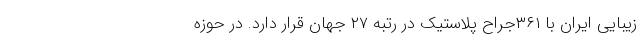
زیبایی ایران با ۳۶۱جراح پلاستیک در رتبه ۲۷ جهان قرار دارد. در حوزه